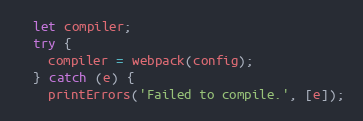
Language: JavaScript
  let compiler;
  try {
    compiler = webpack(config);
  } catch (e) {
    printErrors('Failed to compile.', [e]);